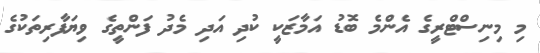
މި މިނިސްޓްރީގެ އެންމެ ބޮޑު އަމާޒަކީ ކުދި އަދި މެދު ފަންތީގެ ވިޔަފާރިތަކުގެ